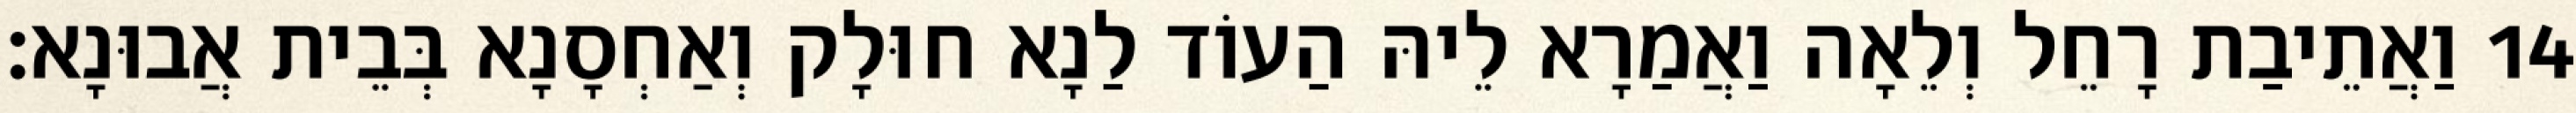
14 וַאֲתֵיבַת רָחֵל וְלֵאָה וַאֲמַרָא לֵיהּ הַעוֹד לַנָא חוּלָק וְאַחְסָנָא בְּבֵית אֲבוּנָא׃